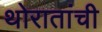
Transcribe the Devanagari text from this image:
थोरातांची